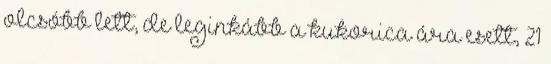
olcsóbb lett, de leginkább a kukorica ára esett, 21